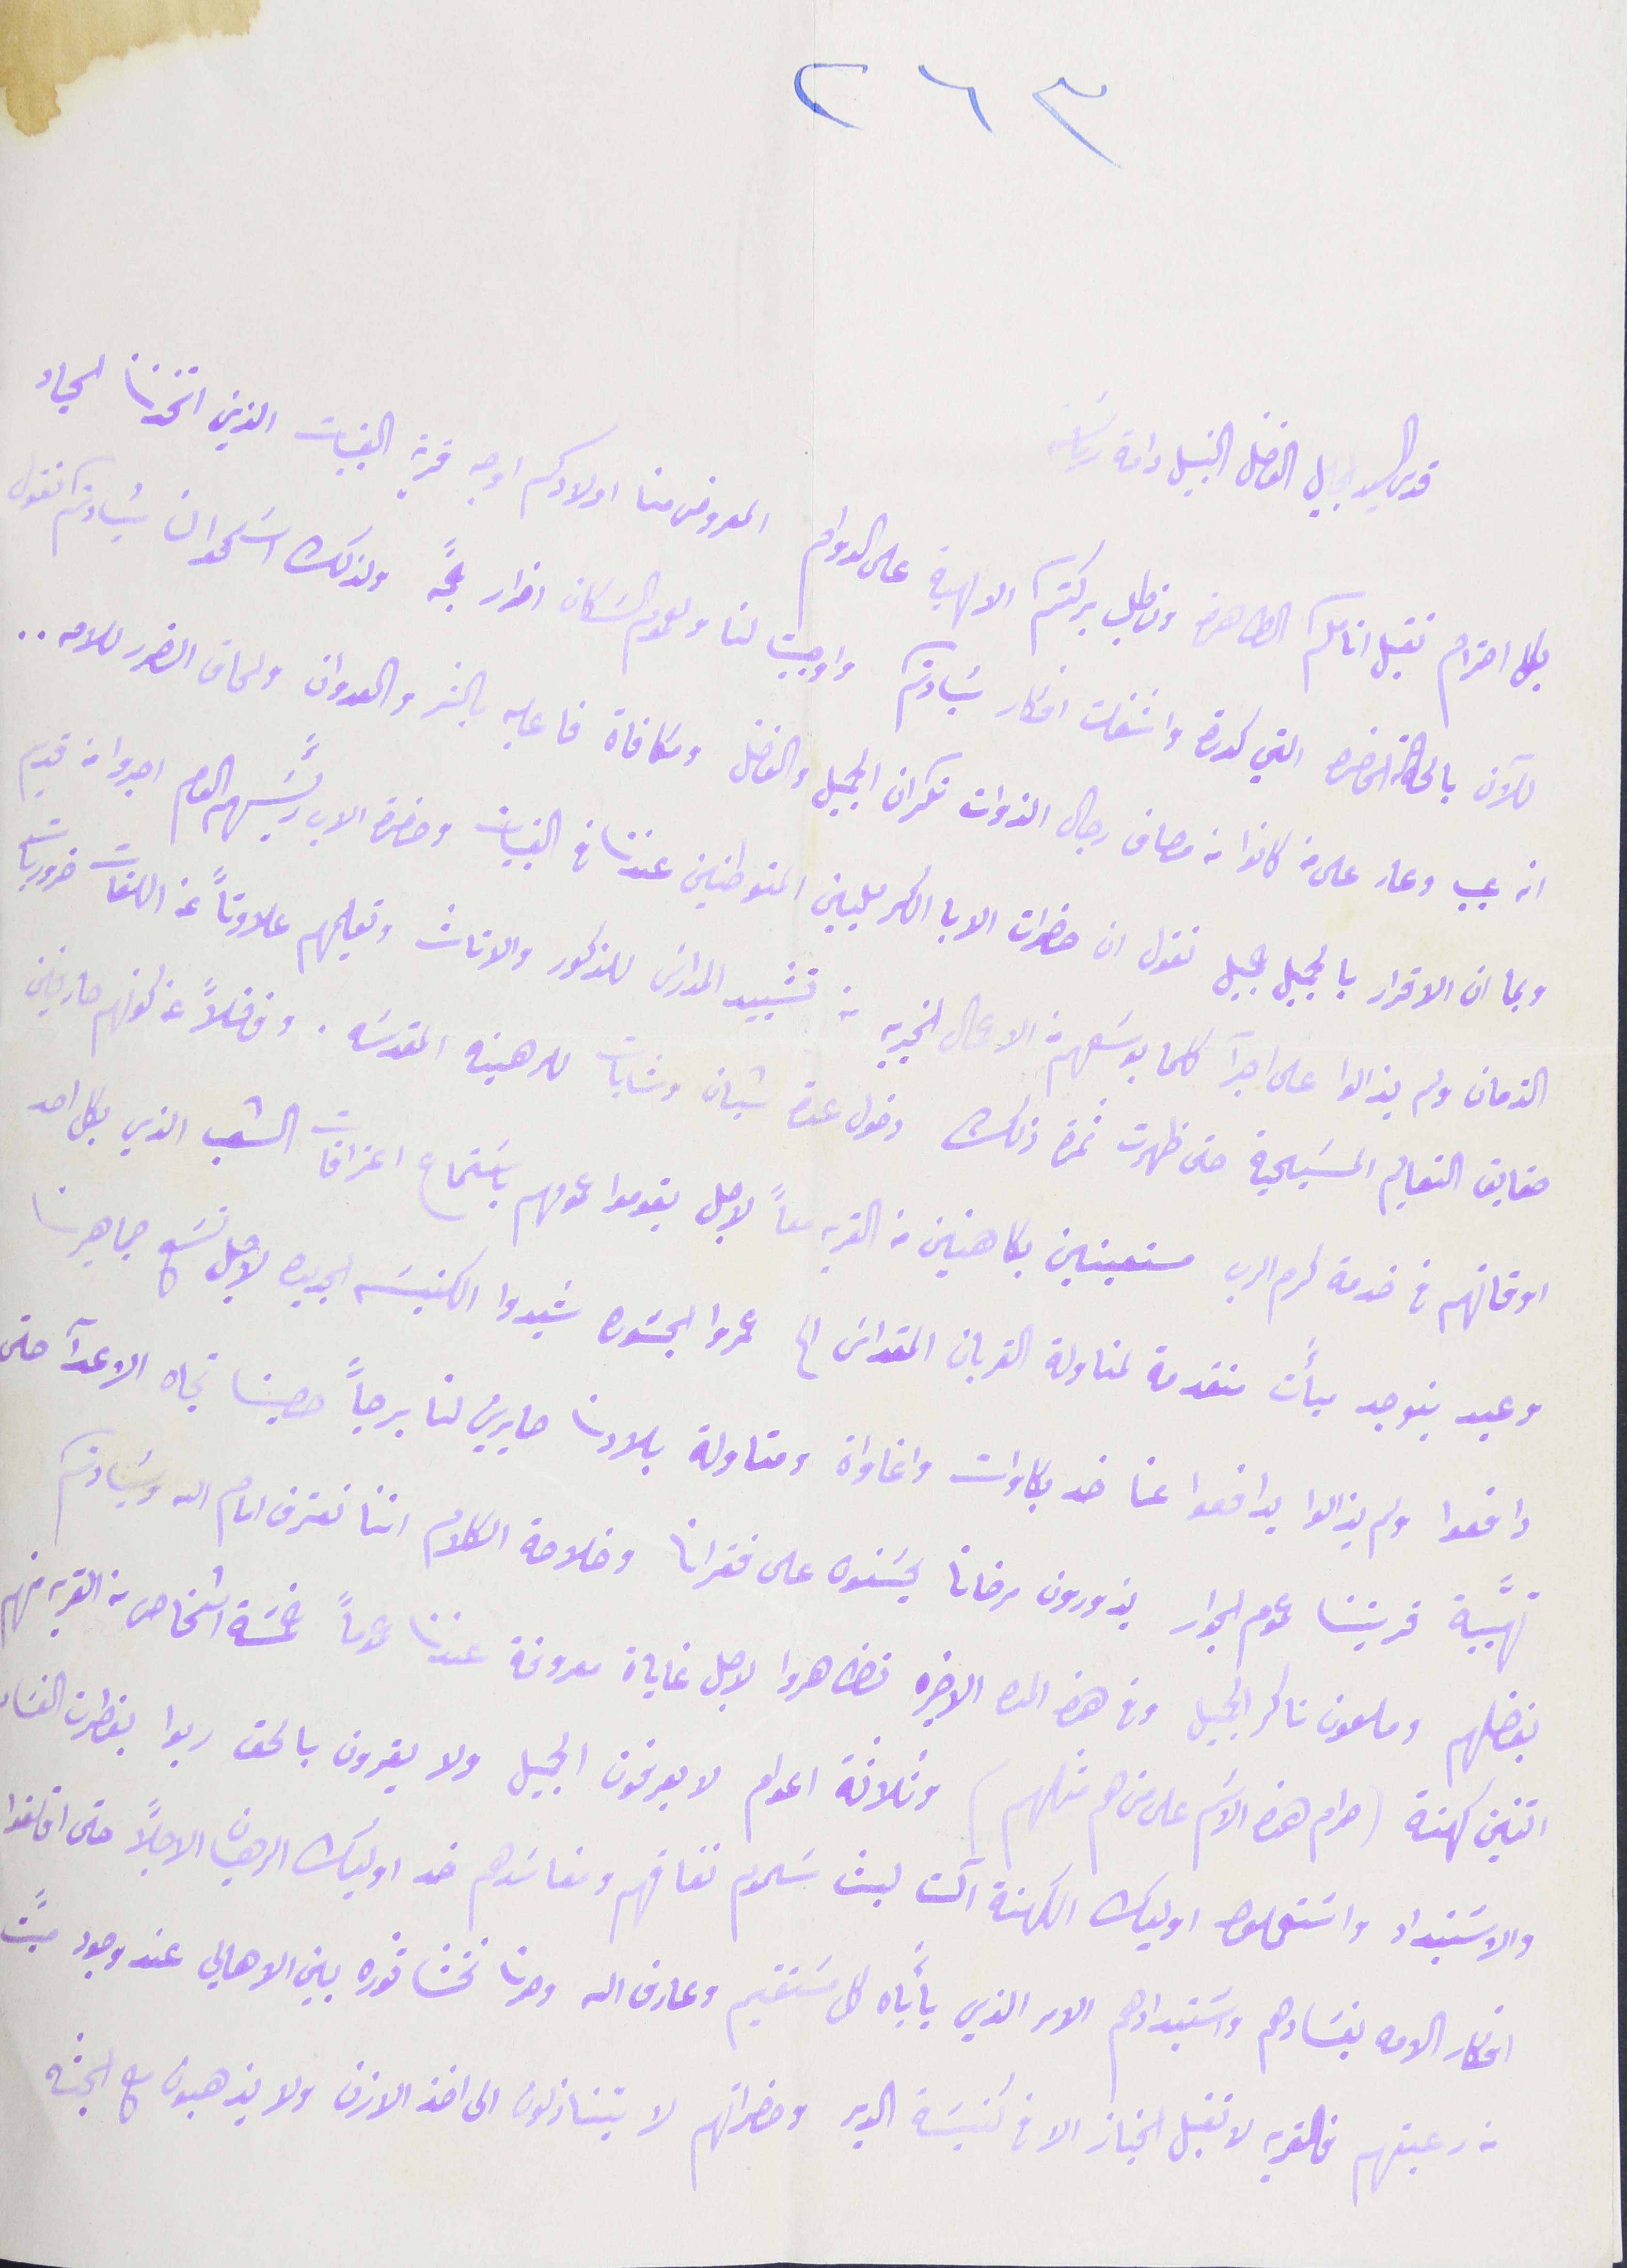
بكل احترام نقبل انامكم الطاهرة ونطلب بركتم الالهية على الدوام المعروض منا اولادكم اوجه قرية القبيات الذين اتخذنا الحياد
للآن بالحالة الحاضرة التي كدرة واشغلت افكار سَيادتكم واوجبت لنا ولعموم السَكان اضرار جمًة ولذلك اسَمحو ان سَيادتم نقول
انه عيب وعار على من كانوا من مصاف رجال الذوات نكران الجميل والفضل ومكافآة فاعليه بالشر والعدوان ولحاق الضرر للامه..
وبمان الاقرار بالجميل جميل نقول ان حضرات الابا الكرمليين المتوطنين عندنا في القبيات وحضرة الاب رئيسَهم العام اجروا من قديم
الزمان ولم يزالوا على اجرآ  كلما بوسَعهم من الاعمال الخيريه من تشييد المدارسَ للذكور والاناث وتعليمهم علاوناً عن اللغات ضروريات
حقايق التعليم المسَيحية حتى ظهرت ثمرة ذلك دخول عدة شبان وشابات للرهبنه المقدسَه. وفضلاً عن كونهم صارفين
اوقاتهم فى خدمة كرم الرب مستعينين بكاهنين من القريه معاً لاجل يقوموا عمومهم باسَتماع اعترافات الشعب الذي بكل احد
وعيد ينوجد ميأَت متقدمة لمناولة القربان المقداسَ الح عمروا الجسَوره شيدوا الكنيسَه الجديده لاجل تسَع جماهيرنا
دافعوا ولم يزلوا يدافعوا عنا ضد بكاوات واغاواة ومتاولة بلادنا صارين لنا برجاً حصينا تجاه الاعدآ حتى
تهيَّبة قريتنا عموم الجوار يزورون مرضانا يحسَنون على فقرانا وخلاصة الكلام اننا نعترف امام الله وسَيادتكم
بفضلهم وملعون ناكر الجميل وفى هذه المدة الاخيره تظاهروا لاجل غاياة معروفة عندنا عموماً خمسَة اشخاص من القرية منهم
اثنين كهنة (حرام هذه الاسَم على من هم مثلهم) وثلاثة اعوام لا يعرفون الجميل ولا يقرون بالحق ربوا بفطرت الفسَاد
والاسَتبداد واستعملوا اوليك الكهنة آلت لبث سَموم نفاقهم ومفاسَدهم ضد اوليك الرهبان الاجلاً حتى اقلقوا
افكار الامه بفسَادهم واسَتبدادهم الامر الذي يأباه كل مسَتقيم وعارف الله وصرنا نخشا ثوره بين الاهالي عند وجود ميًت
٢٦٣
قدس السيد الجليل الفاضل دامة رياسَته
من رعيتهم فالقرية لا تقبل الجناز الا فى كنيسة الدير وحضراتهم لا يتنازلون الى اخذ الازن ولا يذهبون مع الجثه